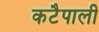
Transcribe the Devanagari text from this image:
कटैपाली